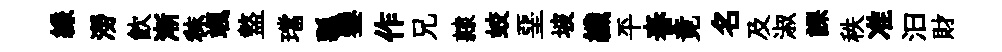
縑澇飲漸秣颯盩璫瓢鑾作兄隷蛟堊坡纖平舂竟名及淑課秩准汩財